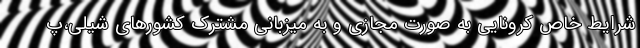
شرایط خاص کرونایی به صورت مجازی و به میزبانی مشترک کشورهای شیلی،پ